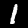
Label: 1